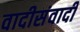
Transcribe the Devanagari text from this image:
वादीसंवादी